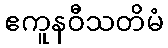
ဧကူနဝီသတိမံ